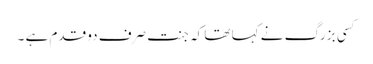
کسی بزرگ نے کہا تھا کہ جنت صرف دو قدم ہے ۔